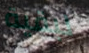
لبقية